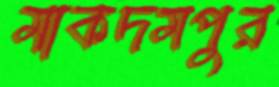
মাকদমপুর